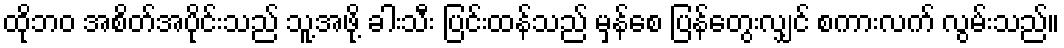
ထိုဘဝ အစိတ်အပိုင်းသည် သူ့အဖို့ ခါးသီး ပြင်းထန်သည် မှန်စေ ပြန်တွေးလျှင် စကားလက် လွမ်းသည်။